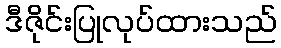
ဒီဇိုင်းပြုလုပ်ထားသည်